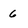
Character: 6